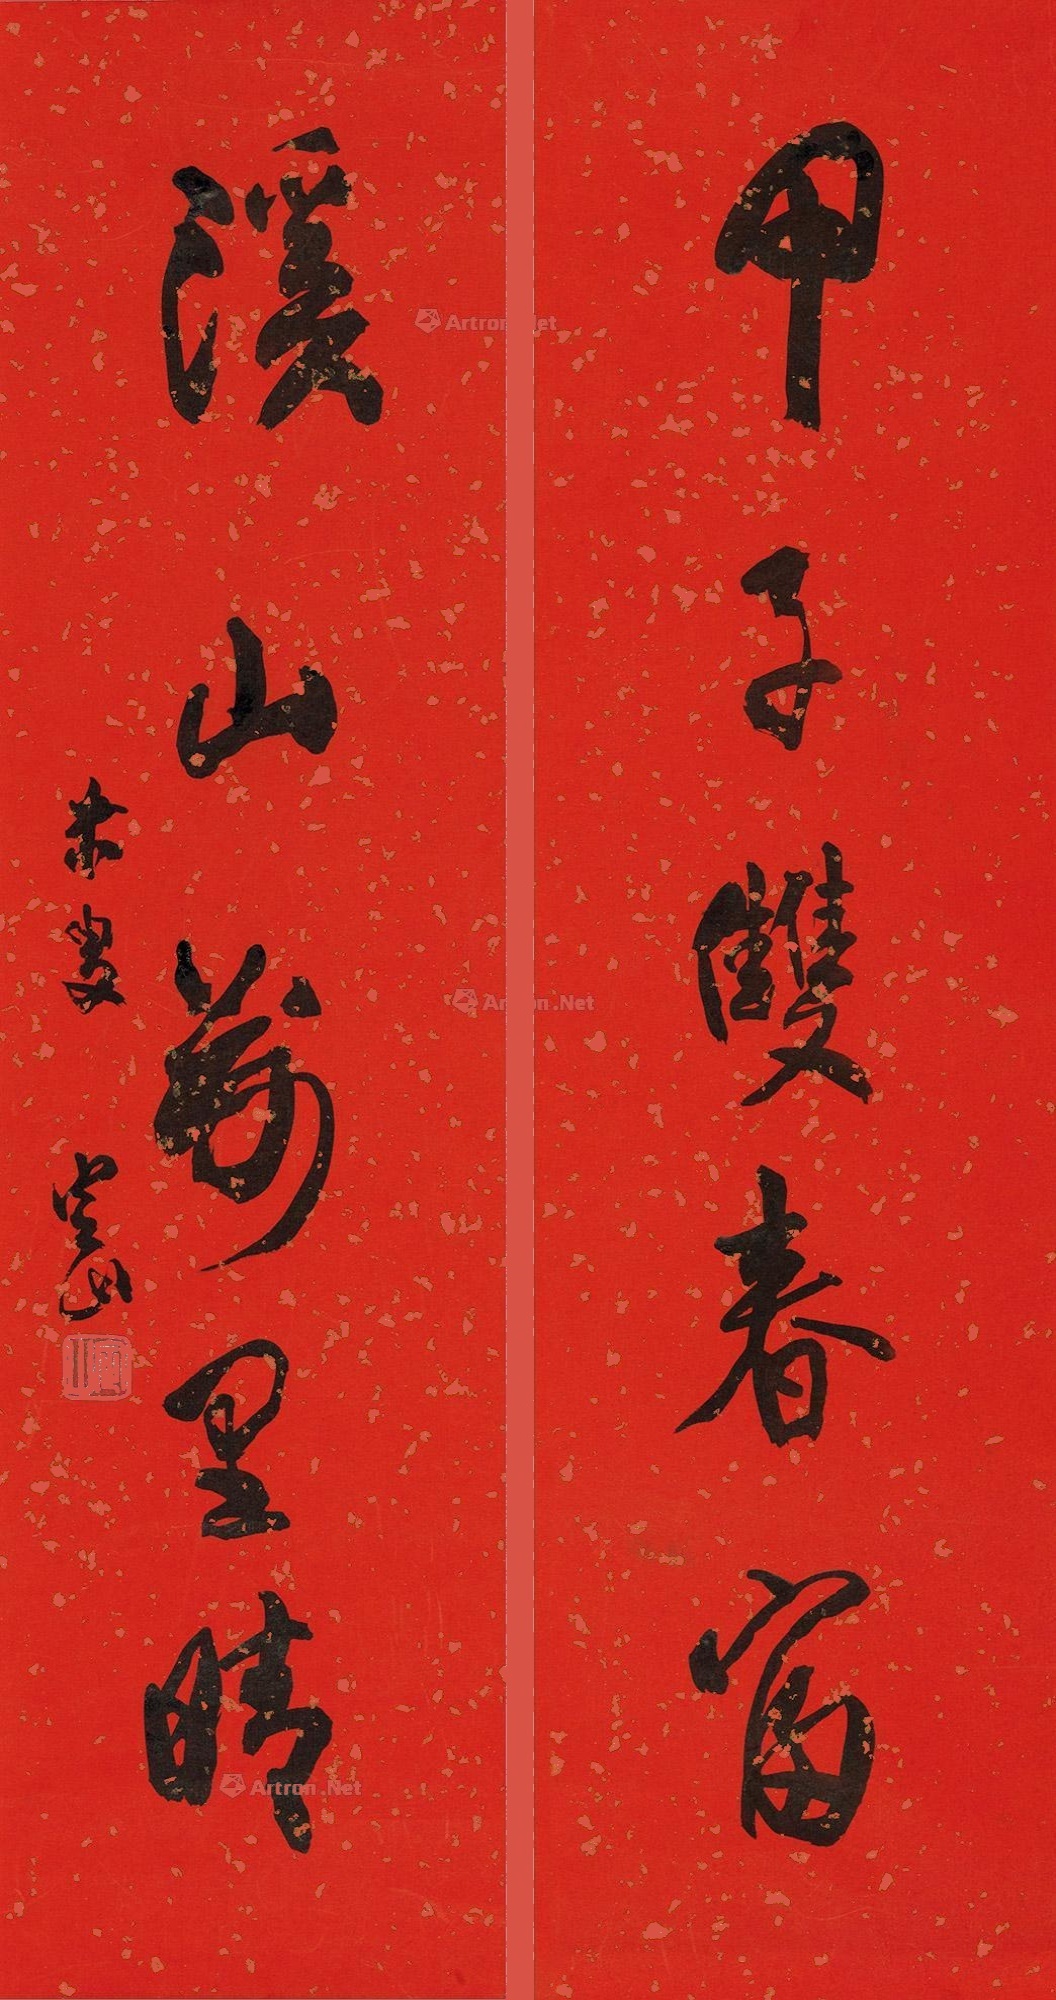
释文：甲子双春富，溪山万里晴。米叟，定山。